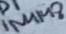
Text: 1N4148